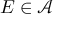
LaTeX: E \in { \mathcal { A } }